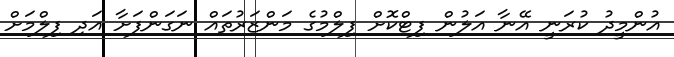
އުންމީދު ކުރަނީ އޭނާ އަލުން ފިޓްކޮށް ފިލްމުގެ މަންޒަރުތައް ނަގަންފަށާ އަދި ފިލްމަށް